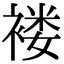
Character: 褛